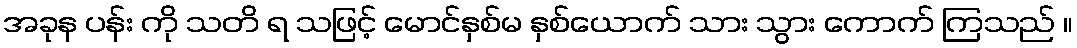
အခုန ပန်း ကို သတိ ရ သဖြင့် မောင်နှစ်မ နှစ်ယောက် သား သွား ကောက် ကြသည် ။